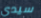
سيدي